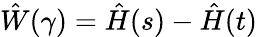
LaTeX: \hat{W}(\gamma)=\hat{H}(s)-\hat{H}(t)